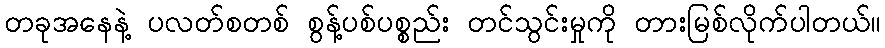
တခုအနေနဲ့ ပလတ်စတစ် စွန့်ပစ်ပစ္စည်း တင်သွင်းမှုကို တားမြစ်လိုက်ပါတယ်။